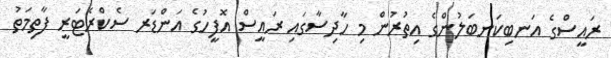
ރައީސްގެ އަނބިކަނބަލުންގެ އިތުރުން މި ހާދިސާގައި ރައީސް އޮފީހުގެ އަންޑަރ ސެކްރެޓަރީ ފާތިމަތު